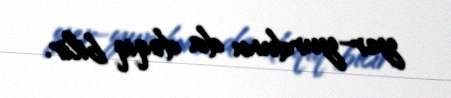
yer-yurdunu da dəqiq bilir.